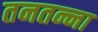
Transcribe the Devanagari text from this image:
तनतन्ना